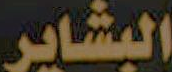
البشاير